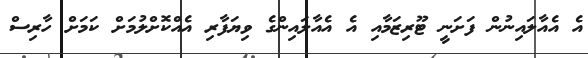
އެ އެއާލައިނުން ފަށަނީ ޓޫރިޒަމާއި އެ އެއާލައިންގެ ވިޔަފާރި އެއްކޮށްލުމަށް ކަމަށް ހާރިސް